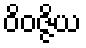
ဝိဝဇ္ဇိယ